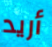
أريد